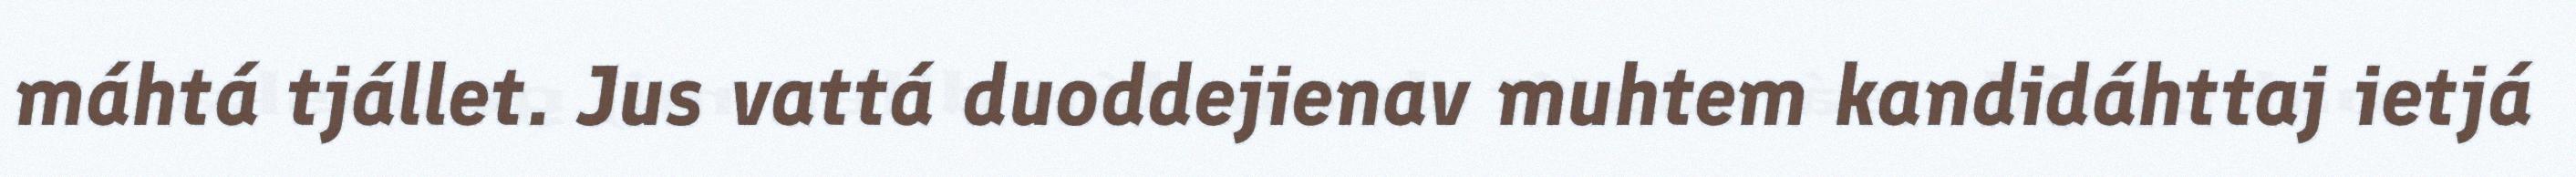
máhtá tjállet. Jus vattá duoddejienav muhtem kandidáhttaj ietjá